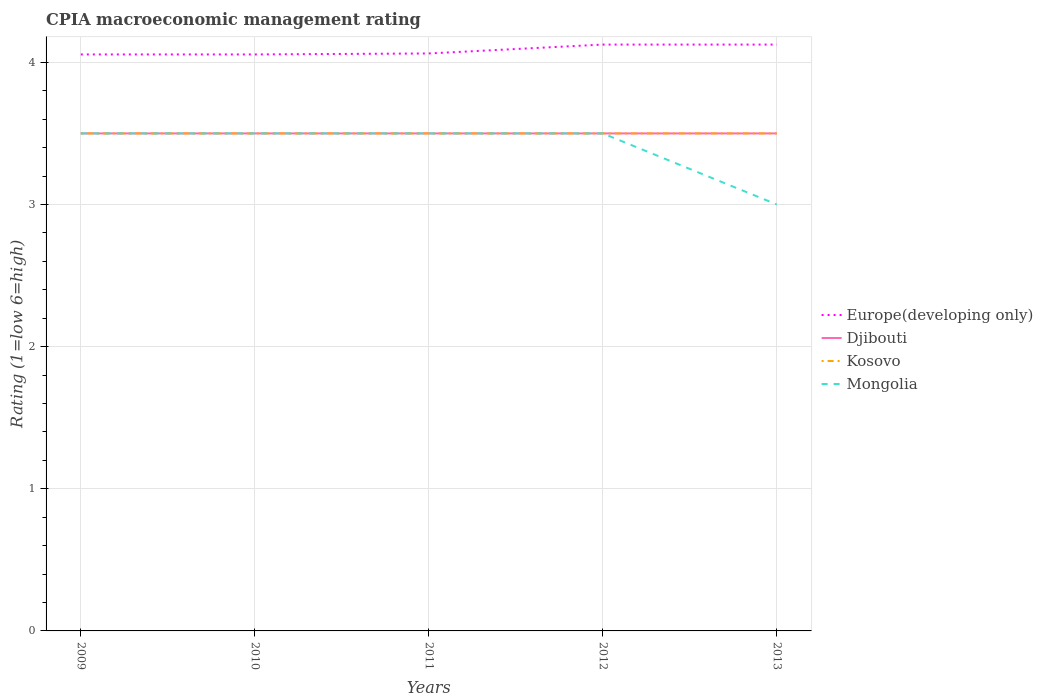
| Years | Europe(developing only) | Djibouti | Kosovo | Mongolia |
 | --- | --- | --- | --- | --- |
 | 2009 | 4.06 | 3.5 | 3.5 | 3.5 |
 | 2010 | 4.06 | 3.5 | 3.5 | 3.5 |
 | 2011 | 4.06 | 3.5 | 3.5 | 3.5 |
 | 2012 | 4.12 | 3.5 | 3.5 | 3.5 |
 | 2013 | 4.12 | 3.5 | 3.5 | 3 |